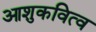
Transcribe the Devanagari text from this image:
आशुकवित्व